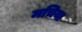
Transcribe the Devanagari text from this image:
मचिया